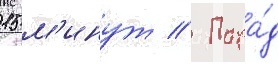
15 м'инут // Пара́д